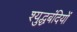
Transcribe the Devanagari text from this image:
श्युद्धबंदियों